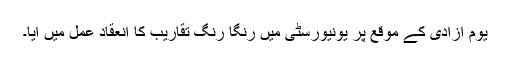
یوم آزادی کے موقع پر یونیورسٹی میں رنگا رنگ تقاریب کا انعقاد عمل میں آیا۔